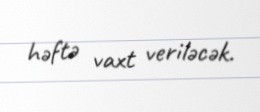
həftə vaxt veriləcək.